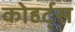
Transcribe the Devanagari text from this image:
कोहर्ट्स